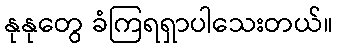
နုနုတွေ ခံကြရရှာပါသေးတယ်။